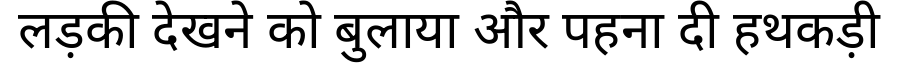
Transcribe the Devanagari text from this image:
लड़की देखने को बुलाया और पहना दी हथकड़ी